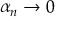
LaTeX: \textstyle \alpha _ { n } \rightarrow 0